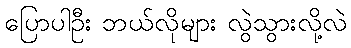
ပြောပါဦး ဘယ်လိုများ လွဲသွားလို့လဲ